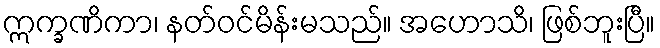
ဣက္ခဏိကာ၊ နတ်ဝင်မိန်းမသည်။ အဟောသိ၊ ဖြစ်ဘူးပြီ။